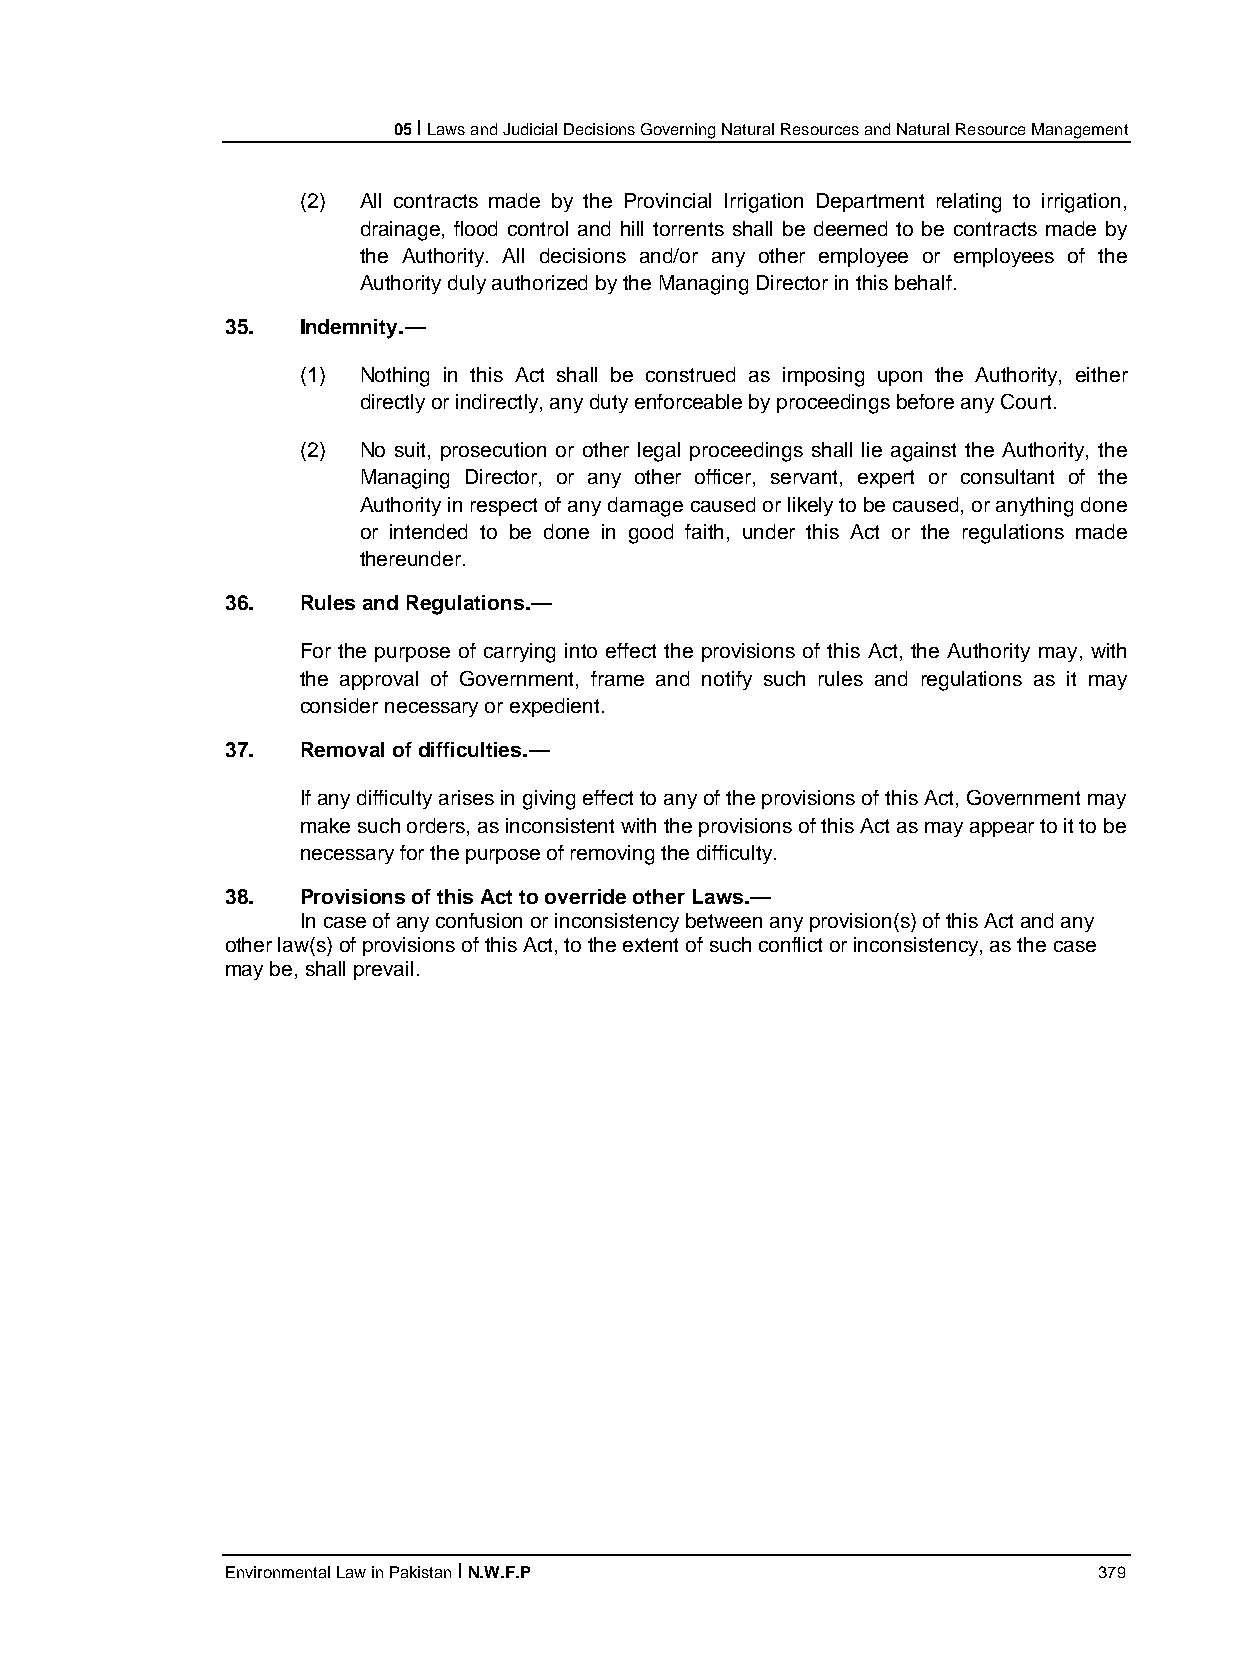
05 I Laws and Judicial Decisions Governing Natural Resources and Natural Resource Management
 (2) All contracts made by the Provincial Irrigation Department relating to irrigation,
 drainage, flood control and hill torrents shall be deemed to be contracts made by
 the Authority. All decisions and/or any other employee or employees of the
 Authority duly authorized by the Managing Director in this behalf.
 35.  Indemnity.—
 (1) Nothing in this Act shall be construed as imposing upon the Authority, either
 directly or indirectly, any duty enforceable by proceedings before any Court.
 (2) No suit, prosecution or other legal proceedings shall lie against the Authority, the
 Managing Director, or any other officer, servant, expert or consultant of the
 Authority in respect of any damage caused or likely to be caused, or anything done
 or intended to be done in good faith, under this Act or the regulations made
 thereunder.
 36.  Rules and Regulations.—
 For the purpose of carrying into effect the provisions of this Act, the Authority may, with
 the approval of Government, frame and notify such rules and regulations as it may
 consider necessary or expedient.
 37.  Removal of difficulties.—
 If any difficulty arises in giving effect to any of the provisions of this Act, Government may
 make such orders, as inconsistent with the provisions of this Act as may appear to it to be
 necessary for the purpose of removing the difficulty.
 38.  Provisions of this Act to override other Laws.—
 In case of any confusion or inconsistency between any provision(s) of this Act and any
 other law(s) of provisions of this Act, to the extent of such conflict or inconsistency, as the case
 may be, shall prevail.
 Environmental Law in Pakistan I N.W.F.P                   379